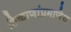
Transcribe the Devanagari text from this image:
ठिकाणांप्रमाणेच